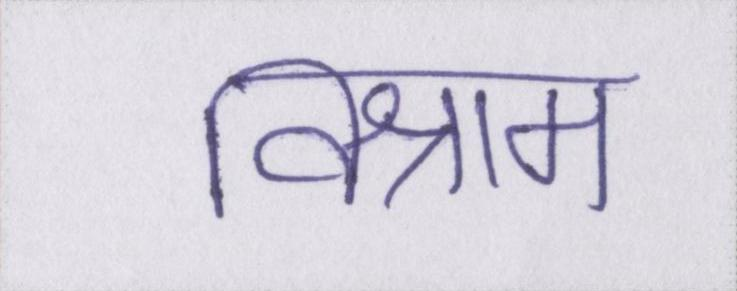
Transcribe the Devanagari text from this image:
विश्राम